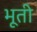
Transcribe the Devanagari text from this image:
भूती